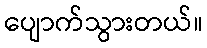
ပျောက်သွားတယ်။